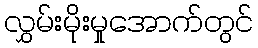
လွှမ်းမိုးမှုအောက်တွင်